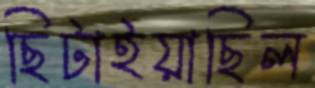
ছিটাইয়াছিল